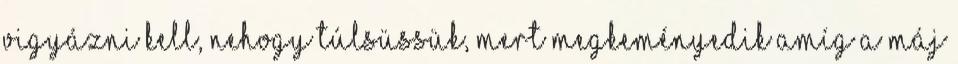
Vigyázni kell, nehogy túlsüssük, mert megkeményedik Amíg a máj